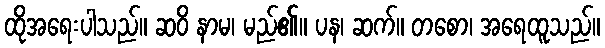
ထိုအရေးပါသည်။ ဆဝိ နာမ၊ မည်၏။ ပန၊ ဆက်။ တစော၊ အရေထူသည်။